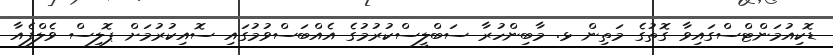
ޑޮކިއުމަންޓްސްގައިވާ ގޮތުގެ މަތިން ޅ. މާބިންހުރާ ސަބްލީސްކުރުމުގެ އެއްބަސްވުމުގައި ސޮއިކުރުމަށް ޕޮލިސް ވެލްފެއާ